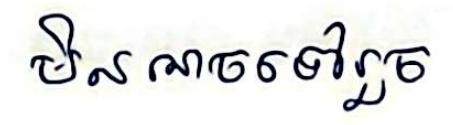
មិន ណចទៅរួច